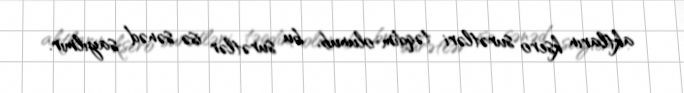
aktların ksero surətləri təqdim olunub, bu surətlər isə sənəd sayılmır.